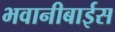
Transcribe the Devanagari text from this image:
भवानीबाईस